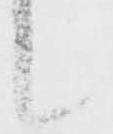
候